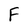
Character: F